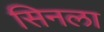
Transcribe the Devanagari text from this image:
सिनला